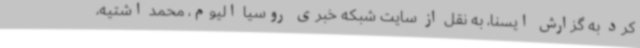
کرد به گزارش ایسنا، به نقل از سایت شبکه خبری روسیا الیوم، محمد اشتیه،